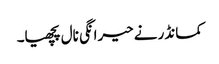
کمانڈر نے حیرانگی نال پچھیا۔